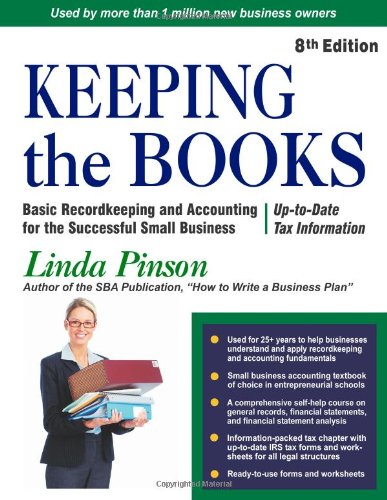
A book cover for Keeping the Books: Basic Recordkeeping and Accounting for Small Business (Small Business Strategies Series); Linda Pinson; Business & Money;